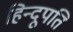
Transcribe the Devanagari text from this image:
हिन्दूपति